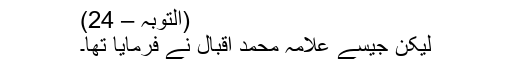
(التوبہ – 24)
لیکن جیسے علامہ محمد اقبال نے فرمایا تھا۔